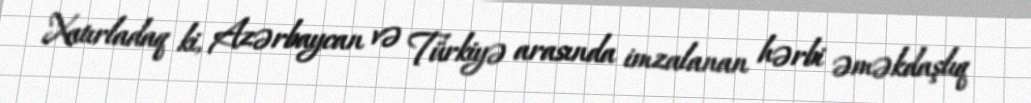
Xatırladaq ki, Azərbaycan və Türkiyə arasında imzalanan hərbi əməkdaşlıq